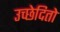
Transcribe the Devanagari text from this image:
उच्छेदितो